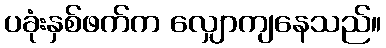
ပခုံးနှစ်ဖက်က လျှောကျနေသည်။